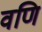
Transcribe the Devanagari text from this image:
वणि